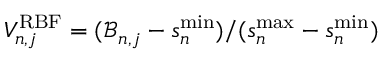
V _ { n , j } ^ { \mathrm { R B F } } = ( \mathcal { B } _ { n , j } - s _ { n } ^ { \mathrm { m i n } } ) / ( s _ { n } ^ { \mathrm { m a x } } - s _ { n } ^ { \mathrm { m i n } } )